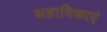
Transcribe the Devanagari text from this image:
सहायिकाएं